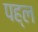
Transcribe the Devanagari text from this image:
पह्ल